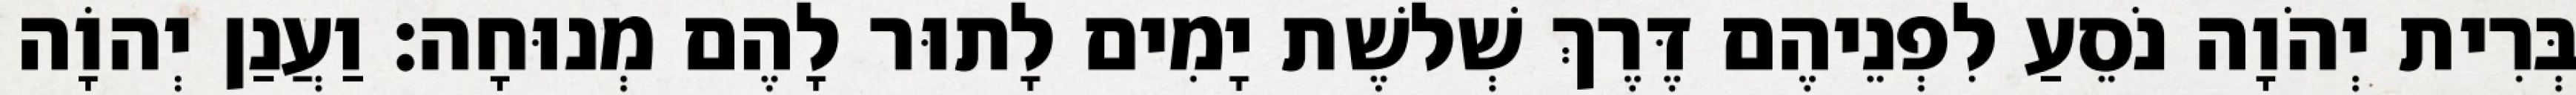
בְּרִית יְהֹוָה נֹסֵעַ לִפְנֵיהֶם דֶּרֶךְ שְׁלשֶׁת יָמִים לָתוּר לָהֶם מְנוּחָה׃ וַעֲנַן יְהוָֹה